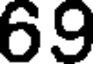
69